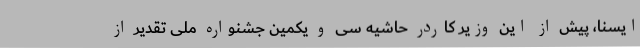
ایسنا، پیش از این وزیر کاردر حاشیه سی و یکمین جشنواره ملی تقدیر از